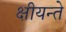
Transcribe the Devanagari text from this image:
क्षीयन्ते